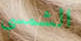
الشمسي